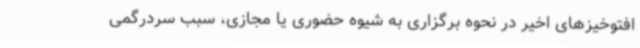
افتوخیزهای اخیر در نحوه برگزاری به شیوه حضوری یا مجازی، سبب سردرگمی